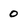
Character: 0